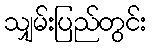
သျှမ်းပြည်တွင်း